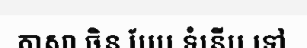
ភាសា ចិន បែប ទំនើប ទៅ